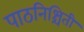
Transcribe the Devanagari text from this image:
पाठनिश्चिती